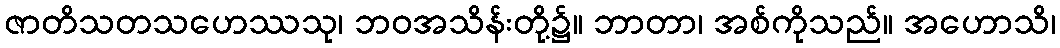
ဇာတိသတသဟေဿသု၊ ဘဝအသိန်းတို့၌။ ဘာတာ၊ အစ်ကိုသည်။ အဟောသိ၊